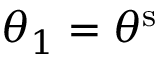
\theta _ { 1 } = \theta ^ { \mathrm { s } }